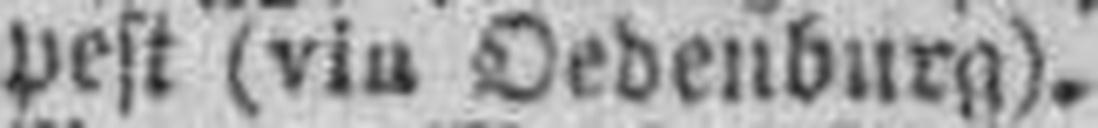
pest (via Oedenburg).